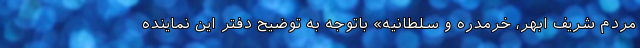
مردم شریف ابهر، خرمدره و سلطانیه» باتوجه به توضیح دفتر این نماینده